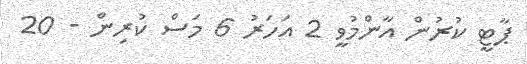
ޕާޓީ ކުރުން އާންމުވީ 2 އަހަރު 6 މަސް ކުރިން - 20